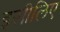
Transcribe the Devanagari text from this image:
इसीलिए